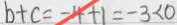
b + c = - 4 + 1 = - 3 < 0